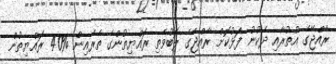
ރާއްޖޭގެ އުތުރާއި ދެކުނު ފަޅުކޮށް ރާއްޖޭގެ ލޮބުވެތި ރައްޔިތުންގެ ތެރެއިން %40 ރައްޔިތުން